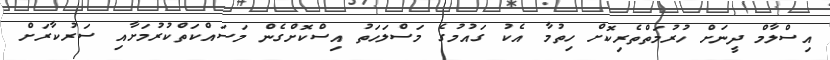
އިސްލާމް ދީނަށް ހުރުމަތްތެރިކޮށް ހިތުމާ އެކު ގައުމުގެ މަސްލަހަތު އިސްކޮށްގެން މަސައްކަތްކުރުމަށާއި ސަރުކާރަށް